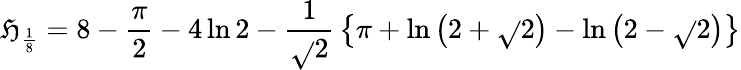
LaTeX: \mathfrak{H}_{\frac{{1}}{{8}}}=8-{\frac{{\pi}}{{2}}}-4\ln{2}-{\frac{{1}}{{\sqrt{}{{2}}}}}\left\{ \pi+\ln\left(2+{\sqrt{}{{2}}}\right)-\ln\left(2-{\sqrt{}{{2}}}\right)\right\}